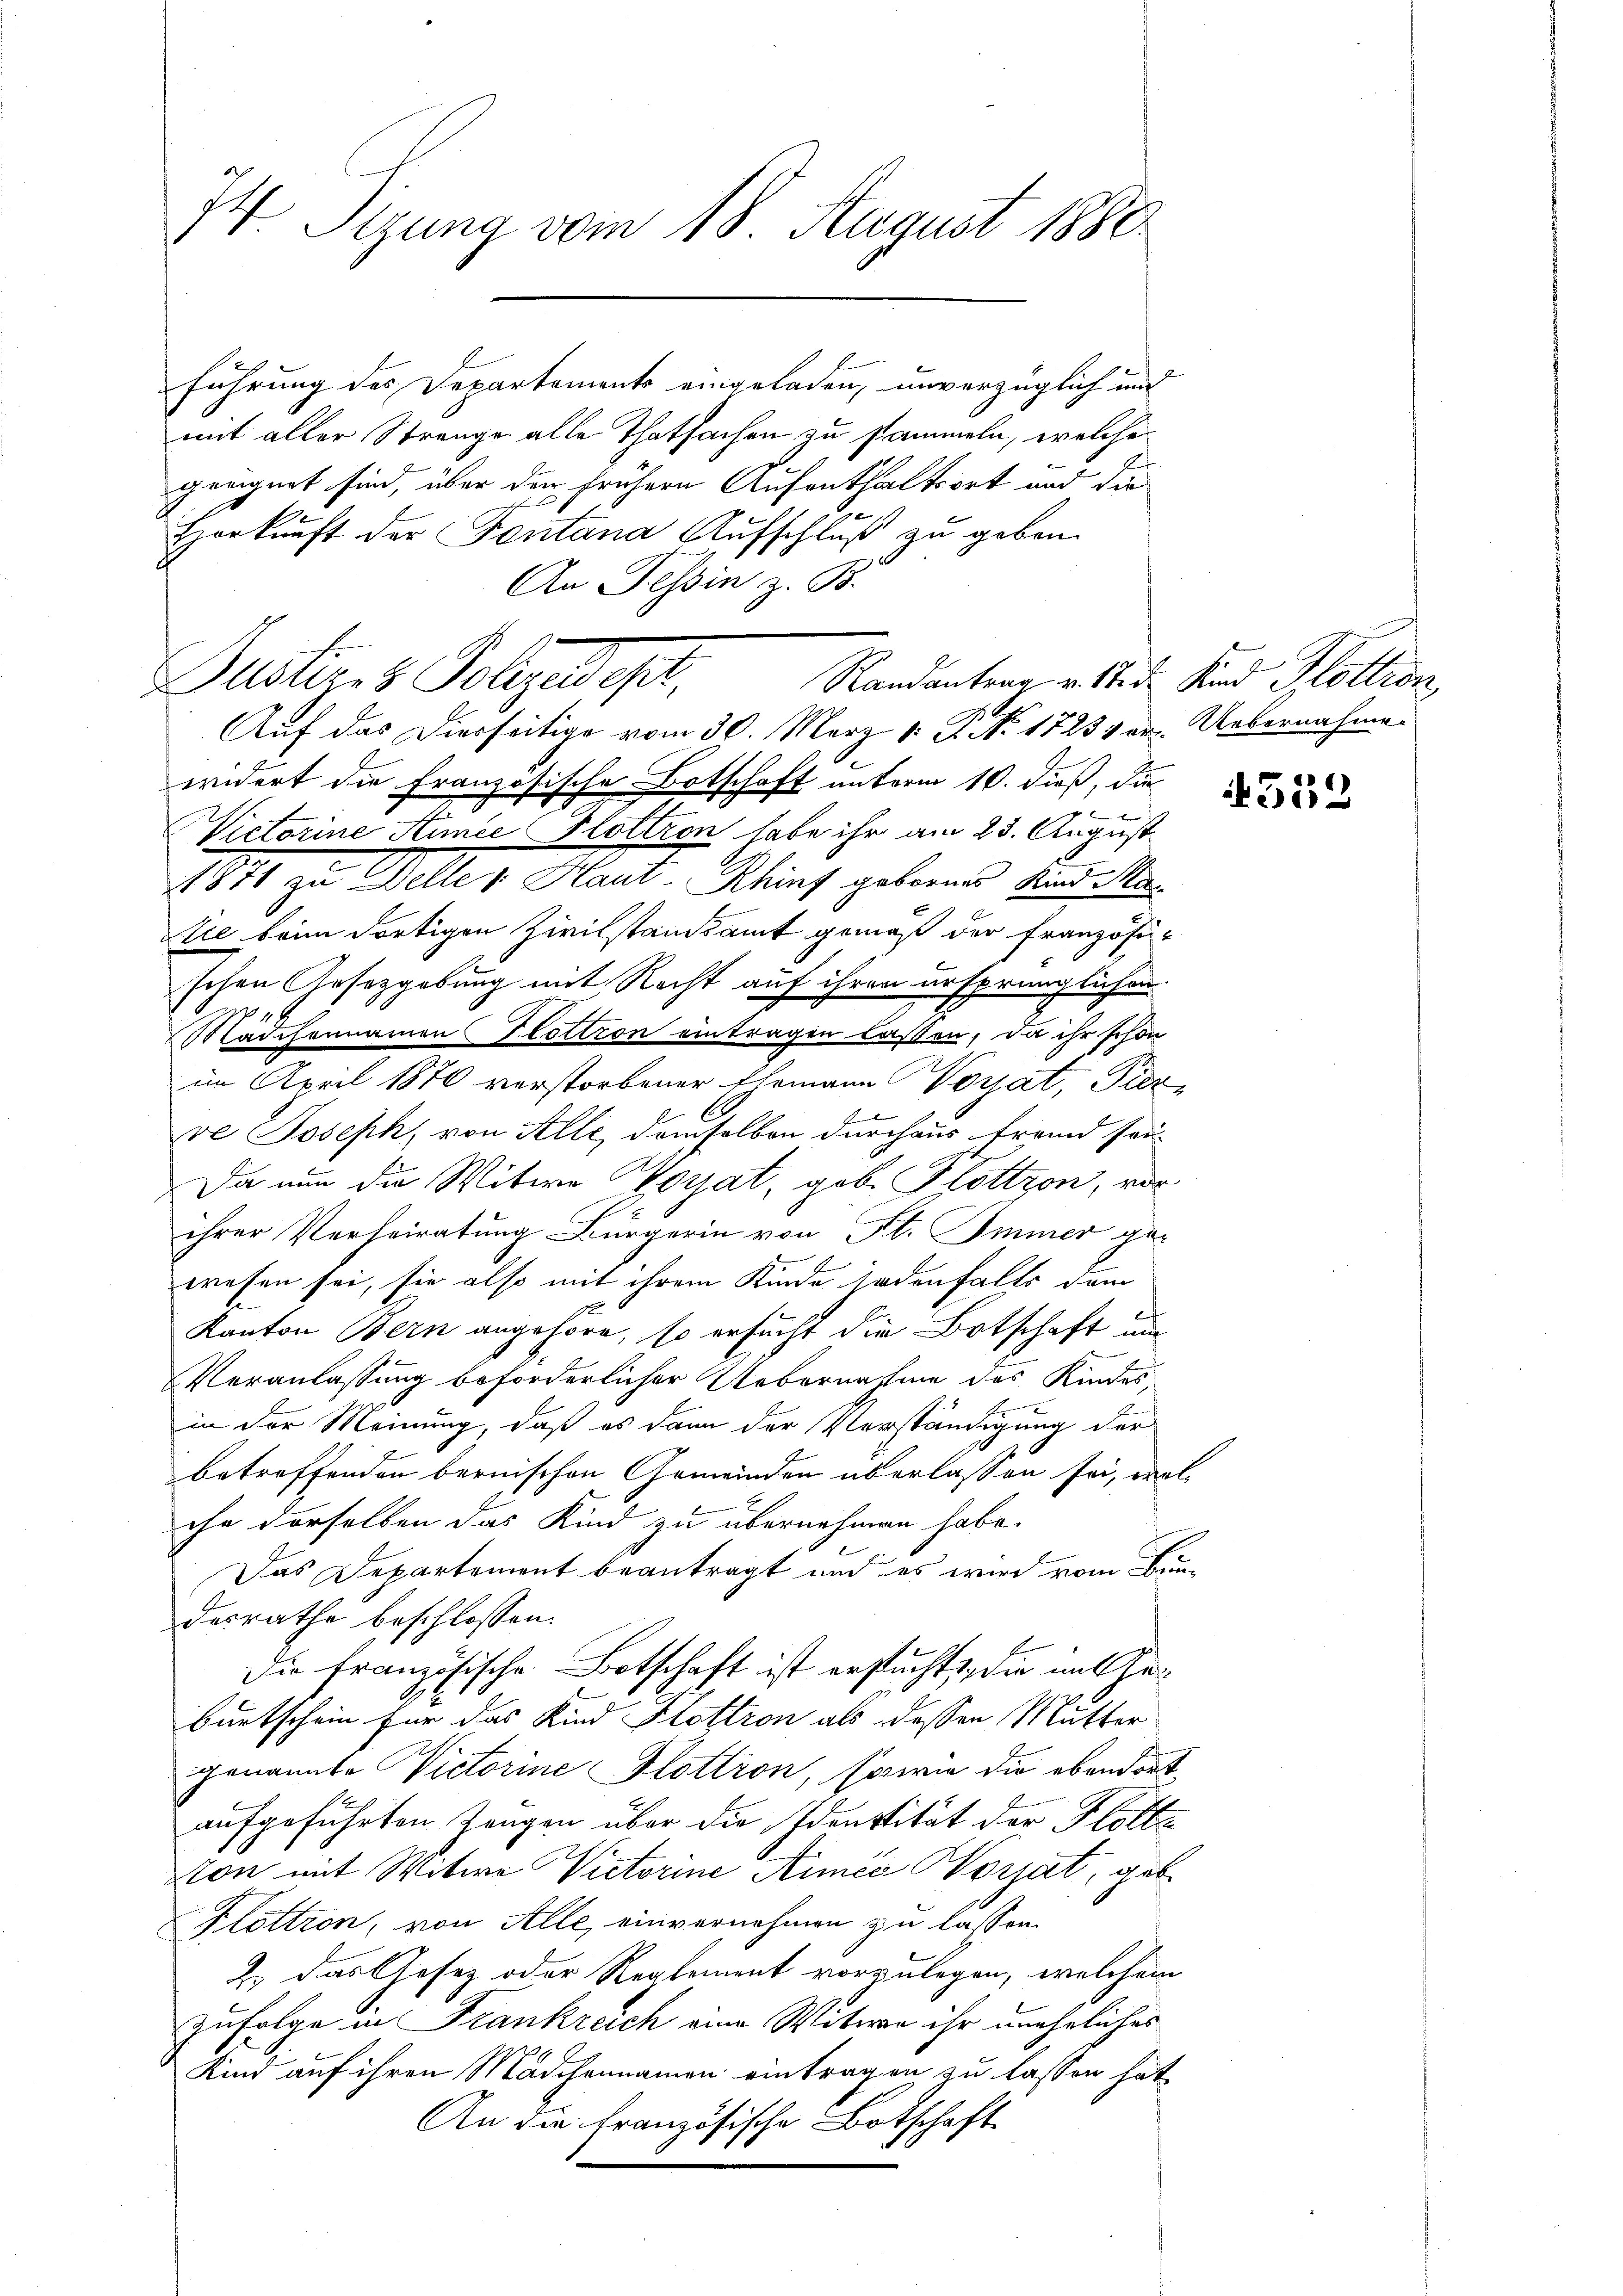
t
t. Sitzung vom 18. August 1880

Horkunft der Fontana Aufschluß zu geben.
An Tessin z. B.
widert die französische Botschaft unterm 10. dieß, die
z
be
Victorine Linie Flottion habe ihr am 23. August
1871 zu Welte v. Haut- Rhinf geborner Kund Ma
te beim dortigen Zivilstandsamt gemäß der Französischen Auszgebung mit Recht auf ihren ursprünglichen.
71
Madchennamon Kottion eintragen lassen, da ihr schon
im April 1876 verstorbener Ehemann Vorat, Pier
ve Joseph, von Alle, demselben durchaus fremd sei-
Da nun die Witwe Worat, gebe Hlöttzon, vor
ihrer Verheiratung Bürgerin von St. Immer gewesen sei, sie also mit ihrem Kinde jedenfalls dem
Kanton Bern angehöre, so ersucht die Botschaft um
Veranlassung beforderlicher Uebernahme des Kindesin der Meinung, daß es dann der Verständigung der
betreffenden bernischen Gemeinden überlassen sei, welihe derselben das Kind zu übernehmen habe.
Das Departement beantragt und es wird vom Bundesrathe beschlossen:
Die französische Botschaft ist ersucht, die im Geburtschein für das Kind Flottron als dessen Mutter
genannte Victorine Flottion, sowie die ebendort
aufgeführten Zeugen über die Identität der Flotte
Non mit Witwe Victorine Armee Worjat, geb.
Plöttion, von Alle, einvernehmen zu lassen.
2.) Das Gesetz oder Reglement vorzulegen, welchem
zufolge in Frankreich eine Witwe ihr uneheliches
Kind auf ihren Mädchennamen eintragen zu lassen hat
An die französische Botschaft

Pusters Folgedehnt
Randantrag v. 14. d. Kind Flöttin
8
Auf das Diesseitige vom 30. März 1. 2. No. 1723 vor. Uebernahme

führung des Departements eingeladen, unverzüglich und
mit aller Strange alle Thatsachen zu sammeln, welche
geeignet sind, über den frühern Aufenthaltsort und die

4559